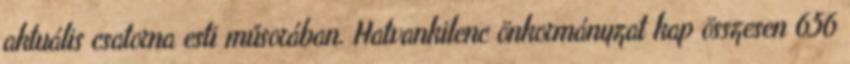
aktuális csatorna esti műsorában. Hatvankilenc önkormányzat kap összesen 656